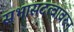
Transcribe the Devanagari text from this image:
सभासदत्वावरून